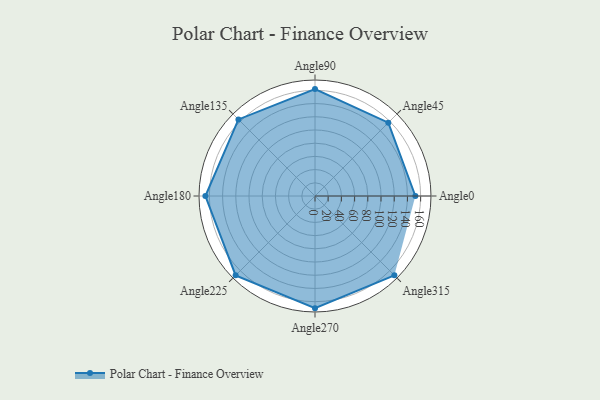
{"axis": {"x": "Angle", "y": "Radius"}, "legend": [""], "data": [{"x": "Angle0", "y": 152.0, "type": ""}, {"x": "Angle45", "y": 157.0, "type": ""}, {"x": "Angle90", "y": 162.0, "type": ""}, {"x": "Angle135", "y": 164.0, "type": ""}, {"x": "Angle180", "y": 166.0, "type": ""}, {"x": "Angle225", "y": 170, "type": ""}, {"x": "Angle270", "y": 170.0, "type": ""}, {"x": "Angle315", "y": 170, "type": ""}]}